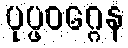
ပုပ္ဖဝဂ္ဂေန